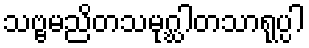
သဗ္ဗမညိတသမုဂ္ဃါတသာရုပ္ပါ